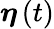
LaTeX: {\boldsymbol{\eta}}\left(t\right)